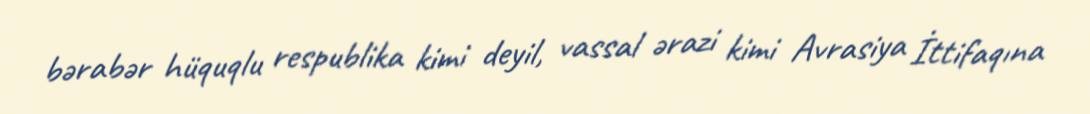
bərabər hüquqlu respublika kimi deyil, vassal ərazi kimi Avrasiya İttifaqına